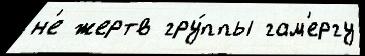
н'е жертв гру́ппы гам'ергу